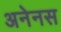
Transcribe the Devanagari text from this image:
अनेनस